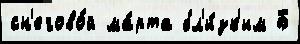
сн'егово́й ма́рта бл'и́зк'им Б